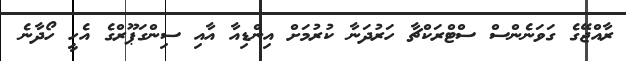
ރާއްޖޭގެ ގަވަނެންސް ސްޓްރަކްޗާ ހަރުދަނާ ކުރުމަށް އިންޑިއާ އާއި ސިންގަޕޫރްގެ އެހީ ހޯދާނެ